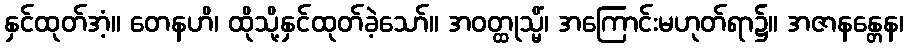
နှင်ထုတ်အံ့။ တေနဟိ၊ ထိုသို့နှင်ထုတ်ခဲ့သော်။ အဝတ္ထုသ္မိံ၊ အကြောင်းမဟုတ်ရာ၌။ အဇာနန္တေန၊